Annual vaccination report of Bihar and Orissa - 1911-1928
Year: 1911
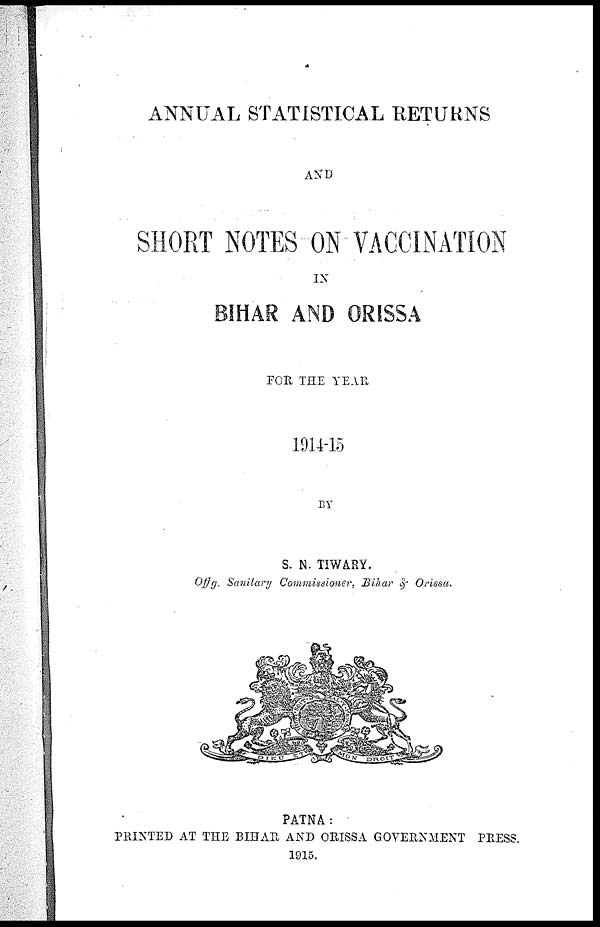
ANNUAL STATISTICAL RETURNS
AND
SHORT NOTES ON VACCINATION
IN
BIHAR AND ORISSA
FOR THE YEAR
1914-15
BY
S. N. TIWARY.
Offg. Sanitary Commissioner, Bihar & Orissa.
PATNA:
PRINTED AT THE BIHAR AND ORISSA GOVERNMENT PRESS.
1915.